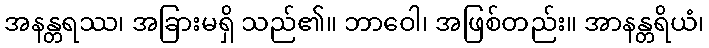
အနန္တရဿ၊ အခြားမရှိ သည်၏။ ဘာဝေါ၊ အဖြစ်တည်း။ အာနန္တရိယံ၊